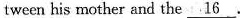
tween his mother and the \underline{16}.